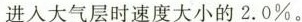
进入大气层时速度大小的2.0%。